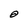
Character: O